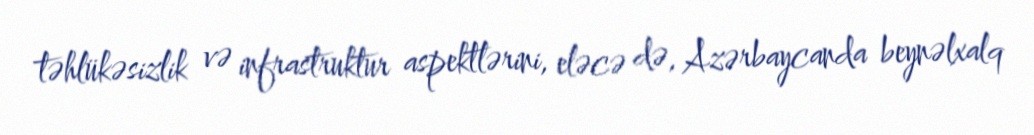
təhlükəsizlik və infrastruktur aspektlərini, eləcə də, Azərbaycanda beynəlxalq